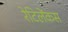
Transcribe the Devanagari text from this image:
रेटिलेंकस